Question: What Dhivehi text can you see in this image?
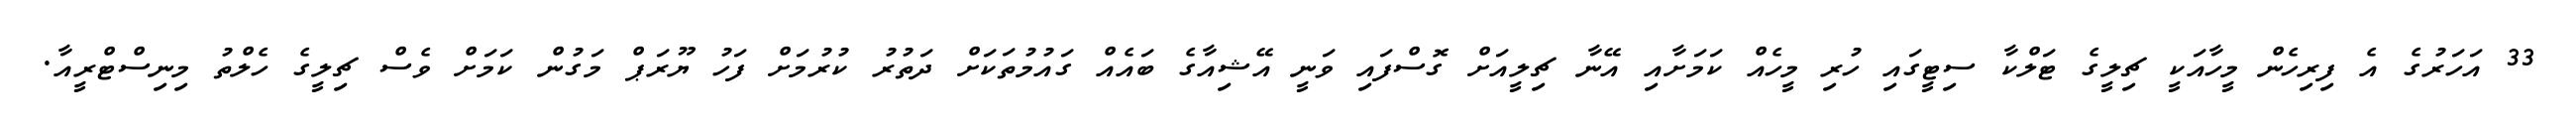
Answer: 33 އަހަރުގެ އެ ފިރިހެން މީހާއަކީ ޗިލީގެ ޓަލްކާ ސިޓީގައި ހުރި މީހެއް ކަމަށާއި އޭނާ ޗިލީއަށް ގޮސްފައި ވަނީ އޭޝިއާގެ ބައެއް ގައުމުތަކަށް ދަތުރު ކުރުމަށް ފަހު ޔޫރަޕް މަގުން ކަމަށް ވެސް ޗިލީގެ ހެލްތު މިނިސްޓްރީއާ.